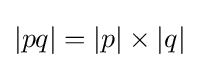
|pq|=|p|\times |q|